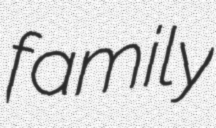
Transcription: family